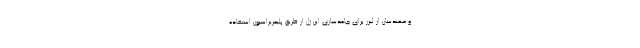
و مهندسان از لیزر برای جامدسازی این ژل از طریق پلیمریزاسیون استفاده